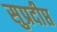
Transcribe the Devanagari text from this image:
सुप्रदीप्त